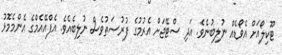
ޓޫކިލޯއަށް އެވޯޑެއް ނުލިބުނެވެ. އަދި ސްޓޭޖަށް އެރުމުގެ ފުރުޞަތުވެސް ނުލިބެއެވެ. އެފްއޭއެމްގެ އެންމެމޮޅު